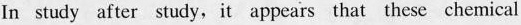
In study after study,it appears that these chemical